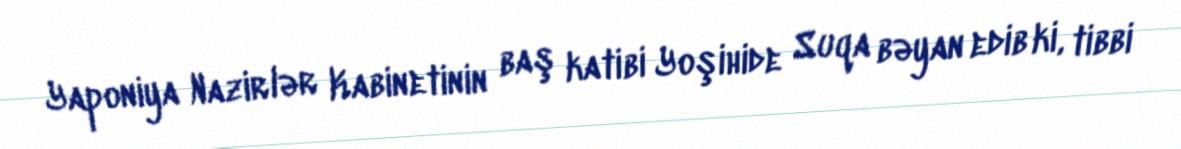
Yaponiya Nazirlər Kabinetinin baş katibi Yoşihide Suqa bəyan edib ki, tibbi